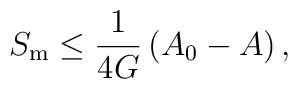
S_{\rm m} \le \frac{1}{4 G}\left( A_0-A\right),